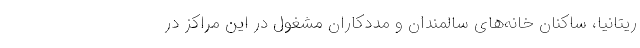
ریتانیا، ساکنان خانه‌های سالمندان و مددکاران مشغول در این مراکز در